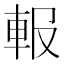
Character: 𨋁